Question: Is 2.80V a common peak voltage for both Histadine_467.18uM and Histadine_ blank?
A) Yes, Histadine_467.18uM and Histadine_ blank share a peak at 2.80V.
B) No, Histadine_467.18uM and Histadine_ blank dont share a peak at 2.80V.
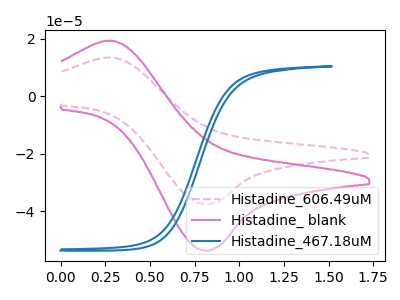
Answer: <think>The pink dashed curve "Histadine_606.49uM" has an anodic peak at (0.30V, 13.45uA) and a cathodic peak at (0.80V, -37.55uA). The pink curve "Histadine_ blank" has an anodic peak at (0.30V, 19.25uA) and a cathodic peak at (0.80V, -53.70uA). The blue curve "Histadine_467.18uM" has no peaks.</think>
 <answer>B) No, "Histadine_467.18uM" and "Histadine_ blank" dont share a peak at 2.80V.</answer>
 <eval>B</eval>